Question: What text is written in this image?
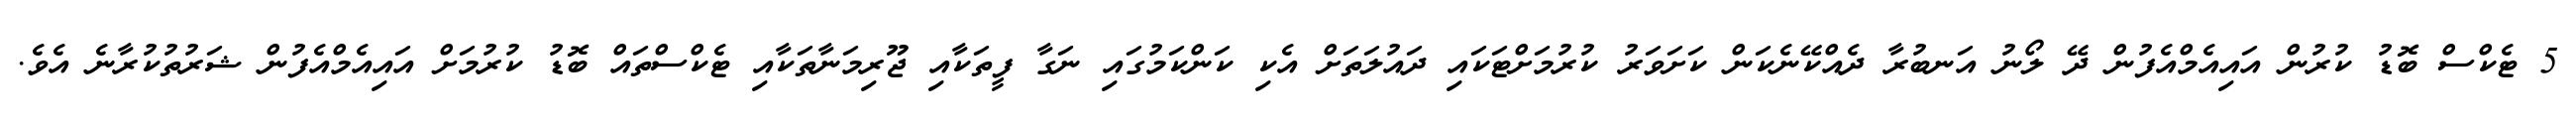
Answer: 5 ޓެކްސް ބޮޑު ކުރުން އައިއެމްއެފުން ދޭ ލޯނު އަނބުރާ ދެއްކޭނެކަން ކަށަވަރު ކުރުމަށްޓަކައި ދައުލަތަށް އެކި ކަންކަމުގައި ނަގާ ފީތަކާއި ޖޫރިމަނާތަކާއި ޓެކްސްތައް ބޮޑު ކުރުމަށް އައިއެމްއެފުން ޝަރުތުކުރާނެ އެވެ.